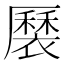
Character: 𧝏